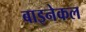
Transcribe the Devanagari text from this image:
बाइनेकल